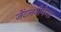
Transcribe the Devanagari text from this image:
जेंटलवोमेन्स